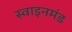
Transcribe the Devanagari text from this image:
स्वाइनमंड